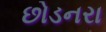
છોડનરા